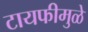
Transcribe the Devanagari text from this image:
टायफीमुळे